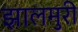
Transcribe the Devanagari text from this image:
झालमुरी